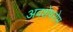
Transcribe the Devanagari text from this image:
अवशेषरोम